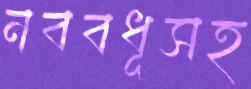
নববধূসহ